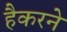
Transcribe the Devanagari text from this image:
हैकरने